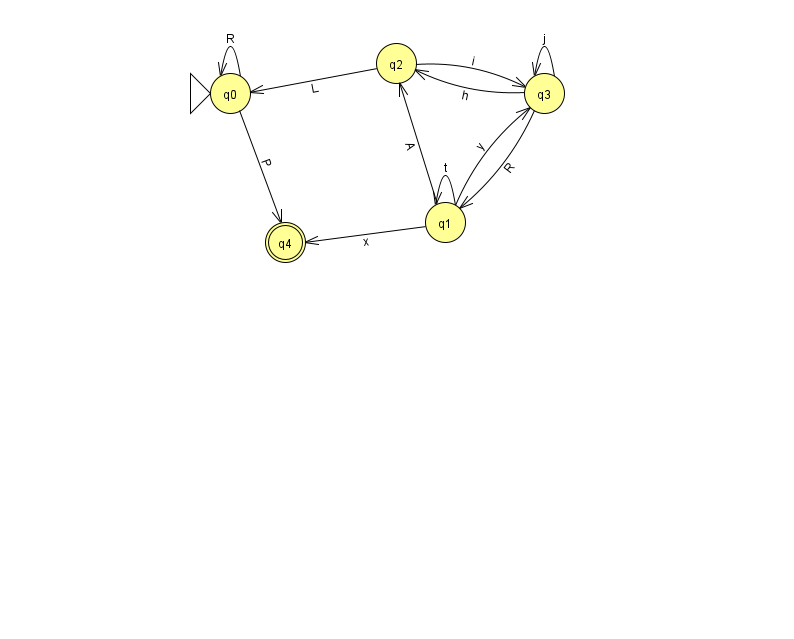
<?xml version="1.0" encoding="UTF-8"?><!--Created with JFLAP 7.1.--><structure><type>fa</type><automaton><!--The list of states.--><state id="0" name="q0"><x>230.0</x><y>80.0</y><initial/></state><state id="1" name="q1"><x>445.0</x><y>209.0</y></state><state id="2" name="q2"><x>396.0</x><y>50.0</y></state><state id="3" name="q3"><x>544.0</x><y>80.0</y></state><state id="4" name="q4"><x>285.0</x><y>229.0</y><final/></state><!--The list of transitions.--><transition><from>0</from><to>0</to><read>R</read></transition><transition><from>3</from><to>2</to><read>h</read></transition><transition><from>2</from><to>3</to><read>i</read></transition><transition><from>1</from><to>1</to><read>t</read></transition><transition><from>1</from><to>3</to><read>y</read></transition><transition><from>1</from><to>4</to><read>x</read></transition><transition><from>1</from><to>2</to><read>A</read></transition><transition><from>2</from><to>0</to><read>L</read></transition><transition><from>3</from><to>3</to><read>j</read></transition><transition><from>0</from><to>4</to><read>P</read></transition><transition><from>3</from><to>1</to><read>R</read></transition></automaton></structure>